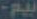
بيم-